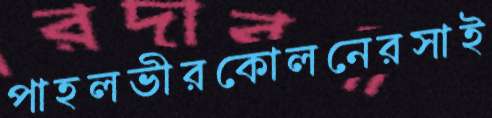
পাহলভীরকোলনেরসাই